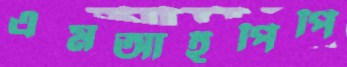
এমআইপিপি